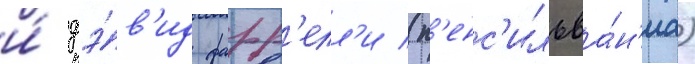
и́ дэ́в'ид фарр'елл'и (п'енс'ильва́н'иа)